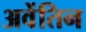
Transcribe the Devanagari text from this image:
अवेंतिन